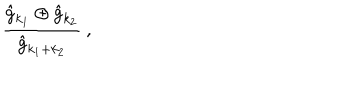
LaTeX: \frac { \hat { g } _ { k _ { 1 } } \oplus \hat { g } _ { k _ { 2 } } } { \hat { g } _ { k _ { 1 } + k _ { 2 } } } \: ,